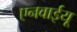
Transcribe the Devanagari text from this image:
एनवाईयू